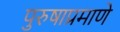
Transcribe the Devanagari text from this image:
पुरुषाप्रमाणे